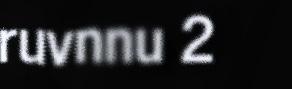
ruvnnu 2